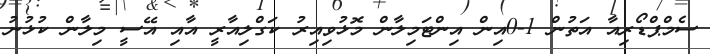
ސެމްޕްޑޯރިއާ އަތުން 1-0އިން އިންޓަމިލާން މޮޅުވިއިރު ކަގްލިއާރީ އާއި އޭސީ މިލާން ކުޅުނު